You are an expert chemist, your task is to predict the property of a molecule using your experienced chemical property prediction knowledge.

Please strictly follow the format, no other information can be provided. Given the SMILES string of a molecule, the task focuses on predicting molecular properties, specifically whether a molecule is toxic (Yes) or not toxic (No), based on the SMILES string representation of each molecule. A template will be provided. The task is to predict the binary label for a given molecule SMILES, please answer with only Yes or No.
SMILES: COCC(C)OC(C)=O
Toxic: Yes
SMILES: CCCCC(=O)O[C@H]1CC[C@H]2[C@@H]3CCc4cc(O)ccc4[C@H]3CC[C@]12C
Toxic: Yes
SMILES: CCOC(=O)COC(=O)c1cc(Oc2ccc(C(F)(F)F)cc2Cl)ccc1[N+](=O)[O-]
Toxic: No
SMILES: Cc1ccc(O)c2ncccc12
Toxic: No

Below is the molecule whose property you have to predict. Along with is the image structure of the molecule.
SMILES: CCCCCCCC/C=C\CCCCCCCC(=O)OC
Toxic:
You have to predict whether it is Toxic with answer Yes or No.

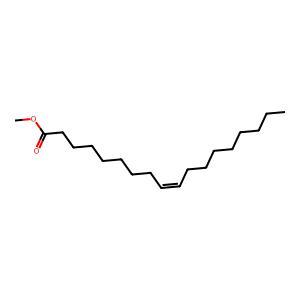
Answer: No